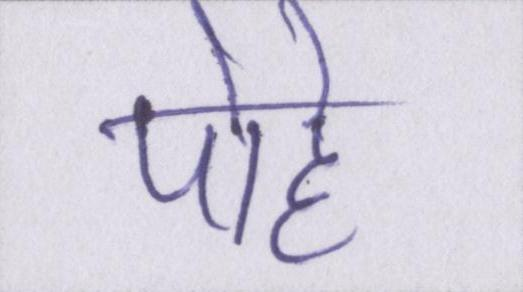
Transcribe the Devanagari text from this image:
पोहे